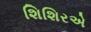
શિશિરએ